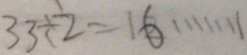
3 3 \div 2 = 1 6 \cdots 1